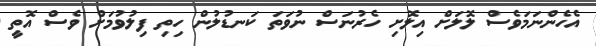
އެހެންނަމަވެސް ލޮލަށް އިލޮށި ހެރުނަސް ނުވަތަ ކަނޑުލުން ހިތި ފިލުވުމަށް ވެސް އޮތީ